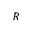
R